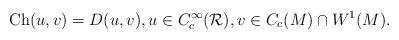
LaTeX: \begin{align*}\mathrm{Ch}(u,v)=D(u,v),u\in C_c^\infty(\mathcal{R}),v\in C_c(M)\cap W^{1}(M).\end{align*}